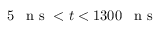
5 \mathrm { ~ \, ~ n ~ s ~ } < t < 1 3 0 0 \mathrm { ~ \, ~ n ~ s ~ }